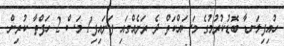
ހުއިފިލަނޑާ ބޮޑުކުރުމުގެ މަސައްކަތް ދެ ރަށެއްގައި ފަށައިފި1 މަސް 2 ހަފްތާ ކުރިން.